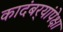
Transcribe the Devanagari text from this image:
कादंबर्‍यांपेक्षा